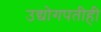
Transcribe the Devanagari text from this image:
उद्योगपतीही